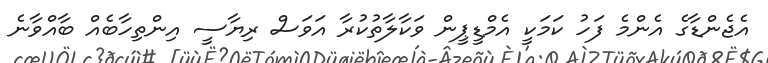
އެޖެންޑާގެ އެންމެ ފަހު ކަމަކީ އެމްޑީޕީން ވަކާލާތުކުރާ އަވަސް ރިޔާސީ އިންތިހާބެއް ބާއްވާނެ